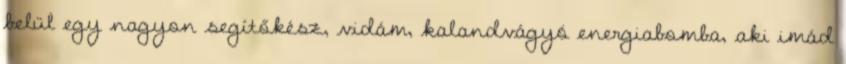
belül egy nagyon segítőkész, vidám, kalandvágyó energiabomba, aki imád